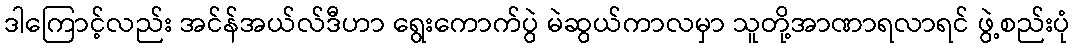
ဒါကြောင့်လည်း အင်န်အယ်လ်ဒီဟာ ရွေးကောက်ပွဲ မဲဆွယ်ကာလမှာ သူတို့အာဏာရလာရင် ဖွဲ့စည်းပုံ